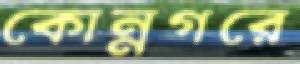
কোন্নগরে